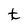
Character: t